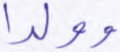
وولدا